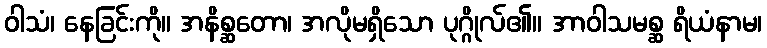
ဝါသံ၊ နေခြင်းကို။ အနိစ္ဆတော၊ အလိုမရှိသော ပုဂ္ဂိုလ်၏။ အာဝါသမစ္ဆ ရိယံနာမ၊